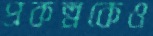
প্রকল্পকেও